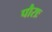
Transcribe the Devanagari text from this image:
पौराः